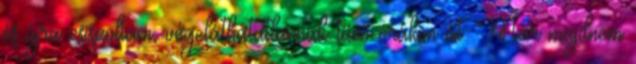
és újra csiszoltam, végeláthatatlannak tűnő órákon át. Már majdnem